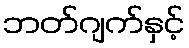
ဘတ်ဂျက်နှင့်